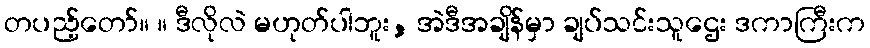
တပည့်တော်။ ။ ဒီလိုလဲ မဟုတ်ပါဘူး, အဲဒီအချိန်မှာ ချပ်သင်းသူဌေး ဒကာကြီးက